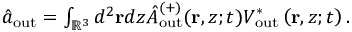
\begin{array} { r } { \hat { a } _ { \mathrm { o u t } } = \int _ { \mathbb { R } ^ { 3 } } d ^ { 2 } { \mathbf { r } } d z \hat { A } _ { \mathrm { o u t } } ^ { ( + ) } ( \mathbf { r } , z ; t ) V _ { \mathrm { o u t } } ^ { \ast } \left( \mathbf { r } , z ; t \right) . } \end{array}